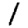
Digit: 1